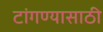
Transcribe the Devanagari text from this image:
टांगण्यासाठी